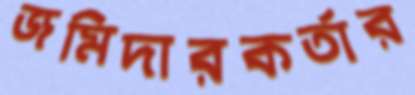
জমিদারকর্তার